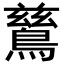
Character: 鶿